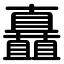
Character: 矗